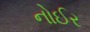
નોઈર